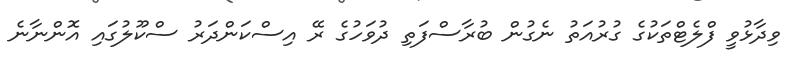
ވިދާޅުވީ ފްލެޓްތަކުގެ ގުރުއަތު ނެގުން ބުރާސްފަތި ދުވަހުގެ ރޭ އިިސްކަންދަރު ސްކޫލުގައި އޮންނާނެ